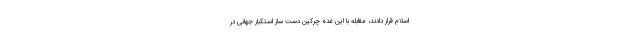
اسلام قرار دادند، مقابله با این غده چرکین دست ساز استکبار جهانی در